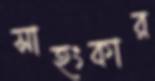
সাহংকার